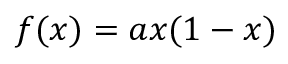
f ( x ) = a x ( 1 - x )